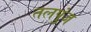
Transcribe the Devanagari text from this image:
तलपुंज